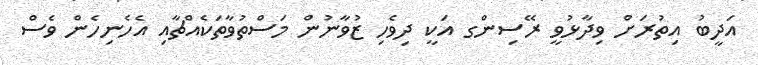
އަދީބު އިތުރަށް ވިދާޅުވީ ރޭސިންގ އަކީ ދިވެހި ޒުވާނުން މަސްތުވާތަކެއްޗާއި އެހެނިހެން ވެސް